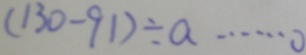
( 1 3 0 - 9 1 ) \div a \cdots 0